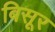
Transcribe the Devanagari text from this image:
बिसूर